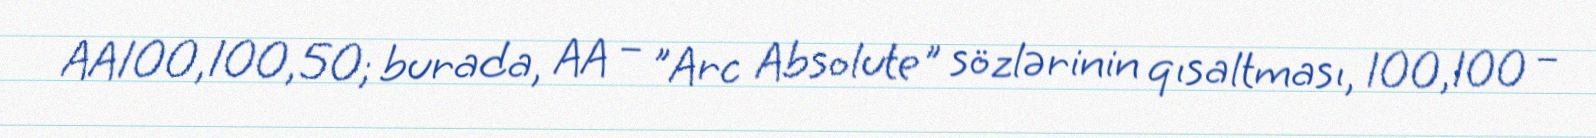
AA100,100,50; burada, AA – "Arc Absolute" sözlərinin qısaltması, 100,100 –